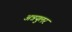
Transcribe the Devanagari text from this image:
अन्नयुलर